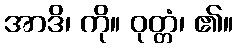
အာဒိ၊ ကို။ ဝုတ္တံ၊ ၏။